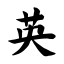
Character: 英